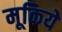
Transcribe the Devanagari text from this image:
मूकिये